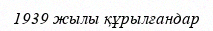
1939 жылы құрылғандар